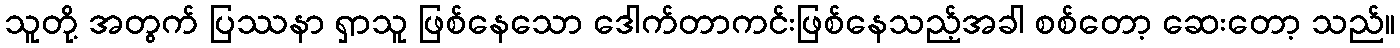
သူတို့ အတွက် ပြဿနာ ရှာသူ ဖြစ်နေသော ဒေါက်တာကင်းဖြစ်နေသည့်အခါ စစ်တော့ ဆေးတော့ သည်။